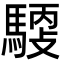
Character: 𩤳